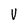
Character: V